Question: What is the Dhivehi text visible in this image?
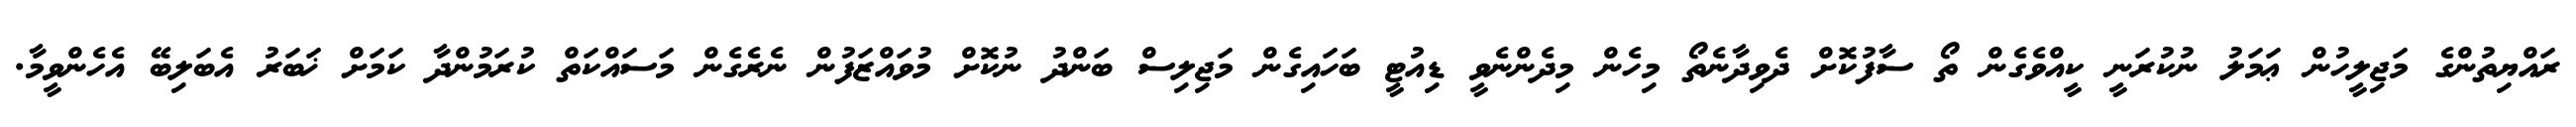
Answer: ރައްޔިތުންގެ މަޖިލީހުން ޢަމަލު ނުކުރަނީ ކީއްވެގެން ތޯ ސާފުކޮށް ދެވިދާނެތޯ މިހެން މިދެންނެވީ ޑިއުޓީ ބަހައިގެން މަޖިލިސް ބަންދު ނުކޮށް މުވައްޒަފުން ނެރެގެން މަސައްކަތް ކުރަމުންދާ ކަމަށް ޚަބަރު އެބަލިބޭ އެހެންވީމާ.